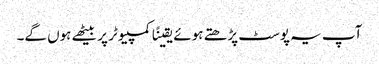
آپ یہ پوسٹ پڑھتے ہوئے یقینًا کمپیوٹر پر بیٹھے ہوں گے۔